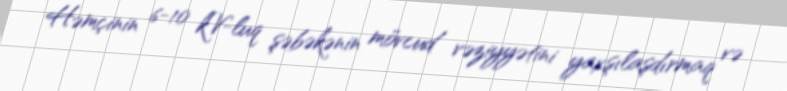
Həmçinin 6-10 kV-luq şəbəkənin mövcud vəziyyətini yaxşılaşdırmaq və